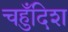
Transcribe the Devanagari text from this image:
चहुँदिश